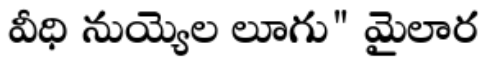
వీధి నుయ్యెల లూగు" మైలార